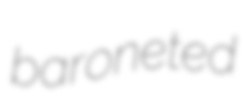
baroneted